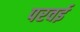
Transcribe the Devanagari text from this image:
परवई